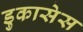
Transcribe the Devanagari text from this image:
डुकासेस